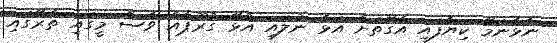
ނާޅާނަމޭ ކިޔާފައި އެގޮތަށް އަޅާ ނުލައި އުޅޭ ގުރޫޕެއް ވެސް މީގައި ތެރޭގައި